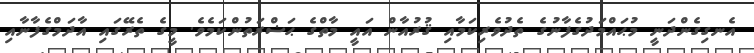
އެނގިގެންދަނީ މުޙައްމަދުގެފާނުގެ ތެދުވެރިކަމާއި ޤުރުއާން އައީ މާތްގެ ޙަޟްރަތުންކަމެވެ. މީގެ ތެރޭގައި އާދަމްގެފާނާއި